Indian journal of veterinary science and animal husbandry - Volume 8,
Year: 1938
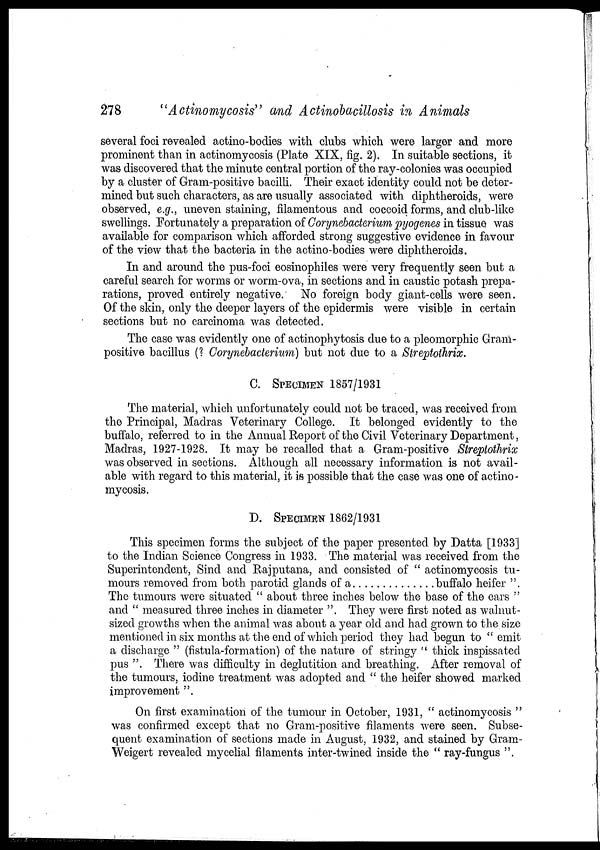
278
"Actinomycosis"
and Actinobacillosis in Animals
several foci revealed actino-bodies with clubs which were larger and more
prominent than in actinomycosis (Plate XIX, fig. 2). In suitable sections, it
was discovered that the minute central portion of the ray-colonies was occupied
by a cluster of Gram-positive bacilli. Their exact identity could not be deter-
mined but such characters, as are usually associated with diphtheroids, were
observed, e.g., uneven staining, filamentous and coccoid forms, and club-like
swellings. Fortunately a preparation of Corynebacterium pyogenes in tissue was
available for comparison which afforded strong suggestive evidence in favour
of the view that the bacteria in the actino-bodies were diphtheroids.
In and around the pus-foci eosinophiles were very frequently seen but a
careful search for worms or worm-ova, in sections and in caustic potash prepa-
rations, proved entirely negative. No foreign body giant-cells were seen.
Of the skin, only the deeper layers of the epidermis were visible in certain
sections but no carcinoma was detected.
The case was evidently one of actinophytosis due to a pleomorphic Gram-
positive bacillus (? Corynebacterium) but not due to a Streptothrix.
C. SPECIMEN 1857/1931
The material, which unfortunately could not be traced, was received from
the Principal, Madras Veterinary College. It belonged evidently to the
buffalo, referred to in the Annual Report of the Civil Veterinary Department,
Madras, 1927-1928. It may be recalled that a Gram-positive Streptothrix
was observed in sections. Although all necessary information is not avail-
able with regard to this material, it is possible that the case was one of actino-
mycosis.
D. SPECIMEN 1862/1931
This specimen forms the subject of the paper presented by Datta [1933]
to the Indian Science Congress in 1933. The material was received from the
Superintendent, Sind and Rajputana, and consisted of " actinomycosis tu-
mours removed from both parotid glands of a
buffalo heifer ".
The tumours were situated " about three inches below the base of the ears "
and " measured three inches in diameter ". They were first noted as walnut-
sized growths when the animal was about a year old and had grown to the size
mentioned in six months at the end of which period they had begun to " emit
a discharge " (fistula-formation) of the nature of stringy " thick inspissated
pus ". There was difficulty in deglutition and breathing. After removal of
the tumours, iodine treatment was adopted and " the heifer showed marked
improvement ".
On first examination of the tumour in October, 1931, " actinomycosis "
was confirmed except that no Gram-positive filaments were seen. Subse-
quent examination of sections made in August, 1932, and stained by Gram¬
Weigert revealed mycelial filaments inter-twined inside the " ray-fungus ".